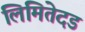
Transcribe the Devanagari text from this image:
लिमितेदड